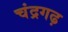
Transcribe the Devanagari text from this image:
चंद्रगढ़